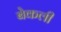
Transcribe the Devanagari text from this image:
बेकली